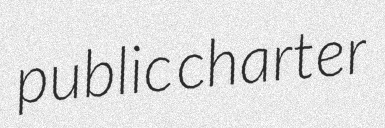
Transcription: public charter